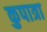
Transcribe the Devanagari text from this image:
कुपात्रा